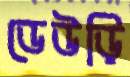
ডেউড়ি